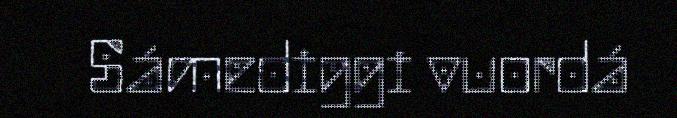
Sámediggi vuordá